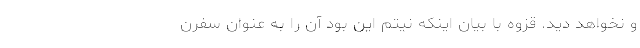
و نخواهد دید. قزوه با بیان اینکه نیتم این بود آن را به عنوان سفرن